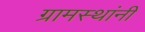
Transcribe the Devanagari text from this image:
ग्रामस्‍थांनी